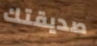
صديقتك